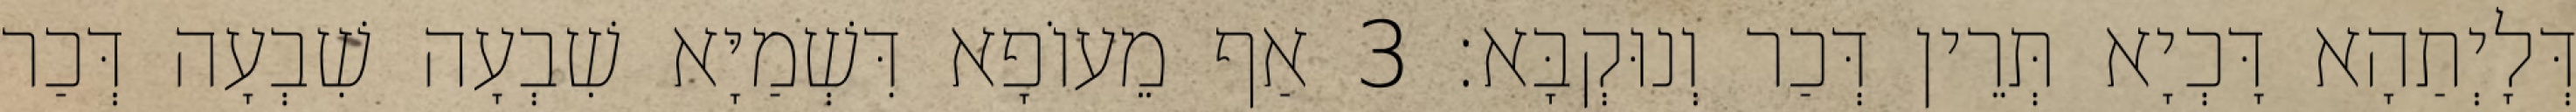
דְּלָיְתַהָא דָּכְיָא תְּרֵין דְּכַר וְנוּקְבָּא׃ 3 אַף מֵעוֹפָא דִּשְׁמַיָּא שִׁבְעָה שִׁבְעָה דְּכַר